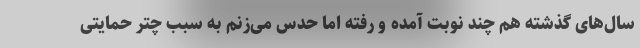
سال‌های گذشته هم چند نوبت آمده و رفته اما حدس می‌زنم به سبب چتر حمایتی